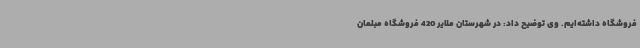
فروشگاه داشته‌ایم. وی توضیح داد: در شهرستان ملایر 420 فروشگاه مبلمان